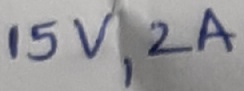
Text: 15V,2A